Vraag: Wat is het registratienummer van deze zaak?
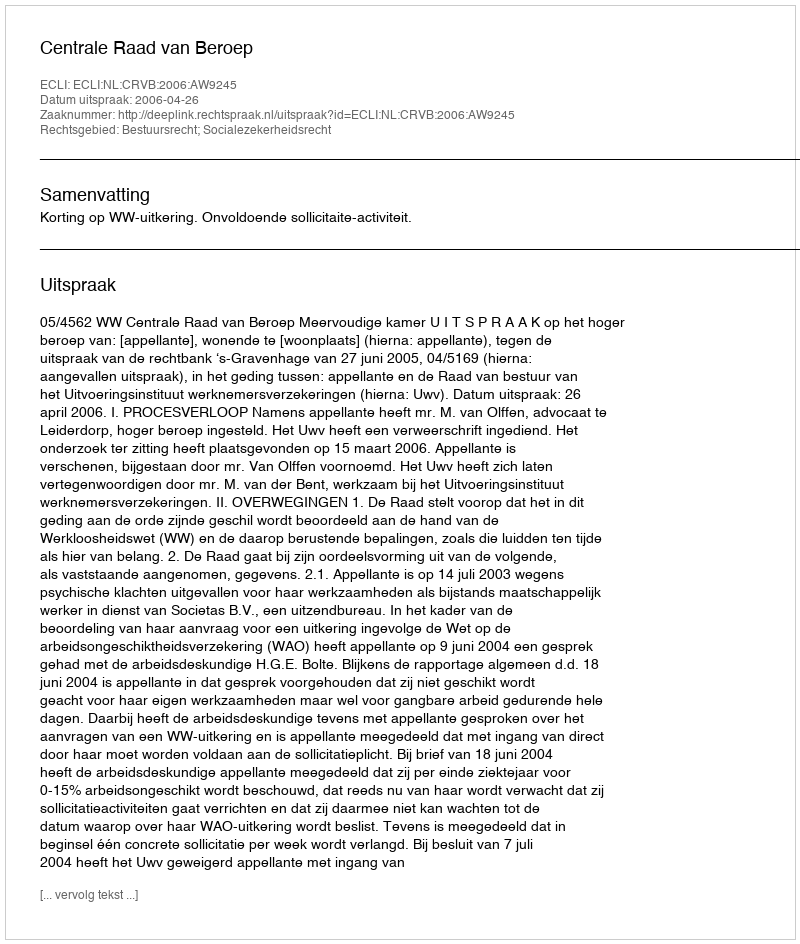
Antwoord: http://deeplink.rechtspraak.nl/uitspraak?id=ECLI:NL:CRVB:2006:AW9245